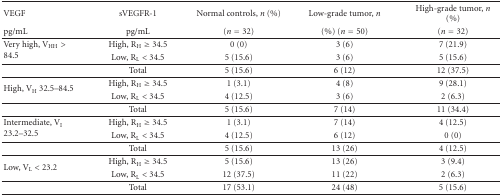
<table><thead><tr><td><b>VEGF</b></td><td><b>sVEGFR-1</b></td><td><b>Normal controls, <i>n</i> (%)</b></td><td><b>Low-grade tumor, <i>n</i></b></td><td><b>High-grade tumor, <i>n</i> (%)</b></td></tr><tr><td><b>pg/mL</b></td><td><b>pg/mL</b></td><td><b>(<i>n</i> = 32)</b></td><td><b>(%) (<i>n</i> = 50)</b></td><td><b> (<i>n</i> = 32) </b></td></tr></thead><tbody><tr><td rowspan="2">Very high, V<sub>HH</sub> &gt; 84.5 </td><td>High, R<sub>H</sub> ≥ 34.5</td><td>0 (0)</td><td>3 (6)</td><td>7 (21.9)</td></tr><tr><td>Low, R<sub>L</sub> &lt; 34.5</td><td>5 (15.6)</td><td>3 (6)</td><td>5 (15.6) </td></tr><tr><td></td><td>Total</td><td>5 (15.6)</td><td>6 (12)</td><td>12 (37.5) </td></tr><tr><td rowspan="2">High, V<sub>H</sub> 32.5–84.5</td><td>High, R<sub>H</sub> ≥ 34.5</td><td>1 (3.1)</td><td>4 (8)</td><td>9 (28.1)</td></tr><tr><td>Low, R<sub>L</sub> &lt; 34.5</td><td>4 (12.5)</td><td>3 (6)</td><td>2 (6.3) </td></tr><tr><td></td><td>Total</td><td>5 (15.6)</td><td>7 (14)</td><td>11 (34.4) </td></tr><tr><td rowspan="2">Intermediate, V<sub>I</sub> 23.2–32.5 </td><td>High, R<sub>H</sub> ≥ 34.5</td><td>1 (3.1)</td><td>7 (14)</td><td>4 (12.5)</td></tr><tr><td>Low, R<sub>L</sub> &lt; 34.5</td><td>4 (12.5)</td><td>6 (12)</td><td>0 (0) </td></tr><tr><td></td><td>Total</td><td>5 (15.6)</td><td>13 (26)</td><td>4 (12.5) </td></tr><tr><td rowspan="2">Low, V<sub>L</sub> &lt; 23.2</td><td>High, R<sub>H</sub> ≥ 34.5</td><td>5 (15.6)</td><td>13 (26)</td><td>3 (9.4)</td></tr><tr><td>Low, R<sub>L</sub> &lt; 34.5</td><td>12 (37.5)</td><td>11 (22)</td><td>2 (6.3) </td></tr><tr><td></td><td>Total</td><td>17 (53.1)</td><td>24 (48)</td><td>5 (15.6)</td></tr></tbody></table>